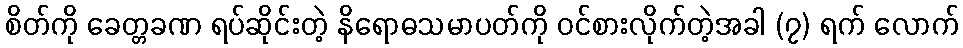
စိတ်ကို ခေတ္တခဏ ရပ်ဆိုင်းတဲ့ နိရောဓသမာပတ်ကို ဝင်စားလိုက်တဲ့အခါ (၇) ရက် လောက်